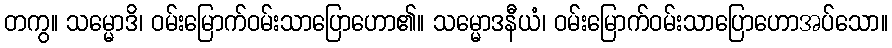
တကွ။ သမ္မောဒိ၊ ဝမ်းမြောက်ဝမ်းသာပြောဟော၏။ သမ္မောဒနီယံ၊ ဝမ်းမြောက်ဝမ်းသာပြောဟောအပ်သော။